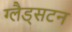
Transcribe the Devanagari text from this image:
ग्लैड्सटन